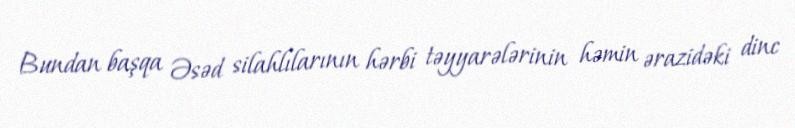
Bundan başqa Əsəd silahlılarının hərbi təyyarələrinin həmin ərazidəki dinc